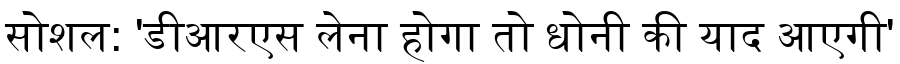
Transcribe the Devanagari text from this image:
सोशल: 'डीआरएस लेना होगा तो धोनी की याद आएगी'